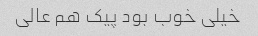
خیلی خوب بود پیک هم عالی